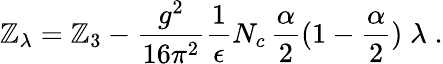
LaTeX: \mathbb{Z}_{\lambda}=\mathbb{Z}_{3}-\frac{{g^{2}}}{{16\pi^{2}}}\frac{{1}}{{\epsilon}}N_{c}\, \frac{\alpha}{2}(1-\frac{\alpha}{2})\; \lambda\; .